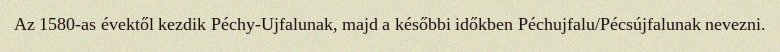
Az 1580-as évektől kezdik Péchy-Ujfalunak, majd a későbbi időkben Péchujfalu/Pécsújfalunak nevezni.